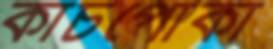
কাচপোকা